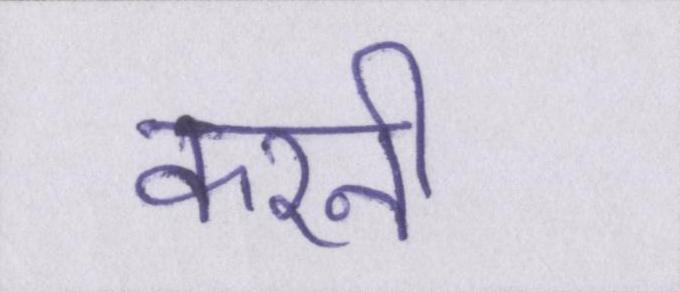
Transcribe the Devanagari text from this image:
करनी